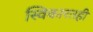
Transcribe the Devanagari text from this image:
स्विकारतही